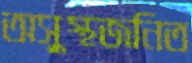
অসুস্থজনিত